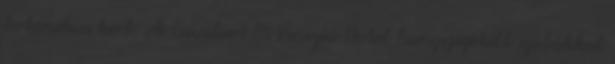
botanikus kert. Ai Cavalieri Di Venezia Hotel hangszigetelt szobákkal